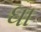
ધા